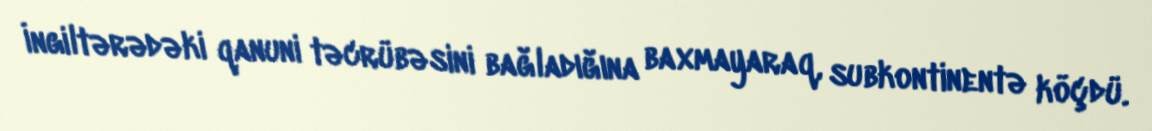
İngiltərədəki qanuni təcrübəsini bağladığına baxmayaraq, subkontinentə köçdü.